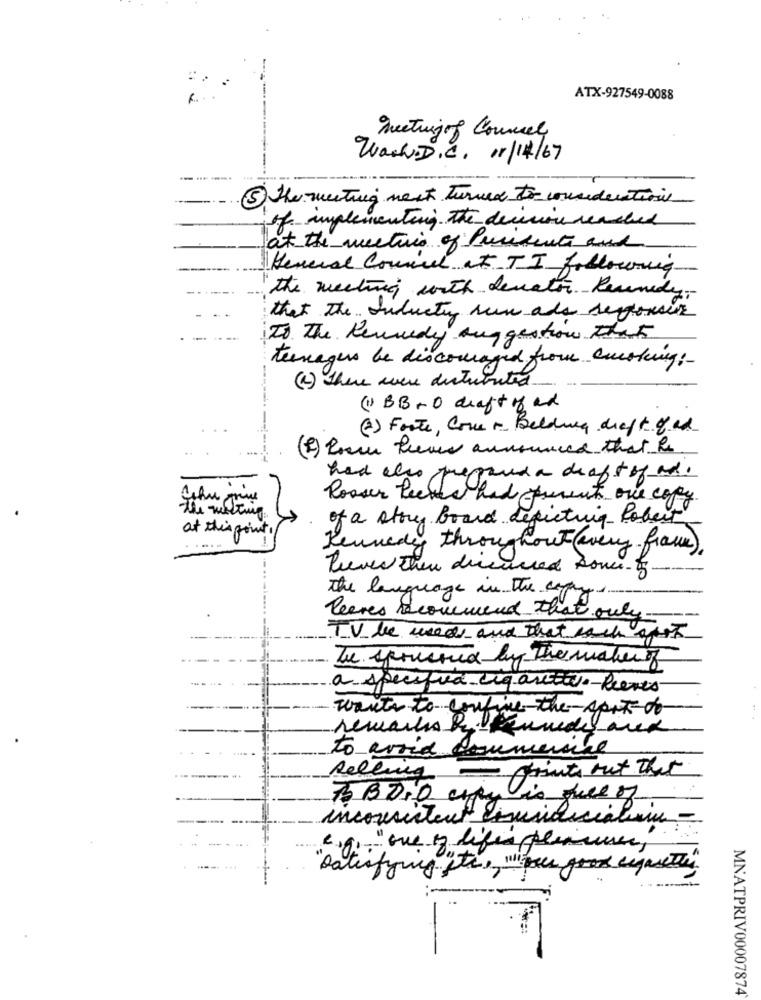
ATX-927549-0088
meetingof Counsel
Wash. D. C. 11/14/67
5 The meeting nett Turned to consideration
of implementing the decision reached
at the meeting of Precedente and
General Counsel at TI following
"the meeting with denator Reunidy ,-
that the Industry sun ads senonser
To The Kennedy suggestion That
teenagers be discouraged from cooking:
(2) There were distributed
(1) BB+O draft of and
(2) Forte, Come + Belding dieft of ad
----
had who prepared a draft ofad.
Rosser Pecka had parents one copy
The melting
of a story board depicting Robert
at this point.
Kennedy throughout (every frau).
Prever then directed souci -
The language in The copy
leaves Recommend that only-
TV be used and that each spot
Tu sponsored by The maker of
a specified cigarette-Reeves
wants to confine- the - Appt do
to avoid commerce
- prints out that
Relling
& BD+O city is full of
inconsistent simusidicialim -
0 :- " one of life pleasure,
satisfying ite, " feel good cigarette"
-
MNATPRIV00007874'